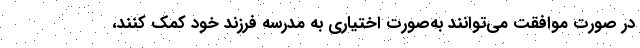
در صورت موافقت می‌توانند به‌صورت اختیاری به مدرسه فرزند خود کمک کنند،